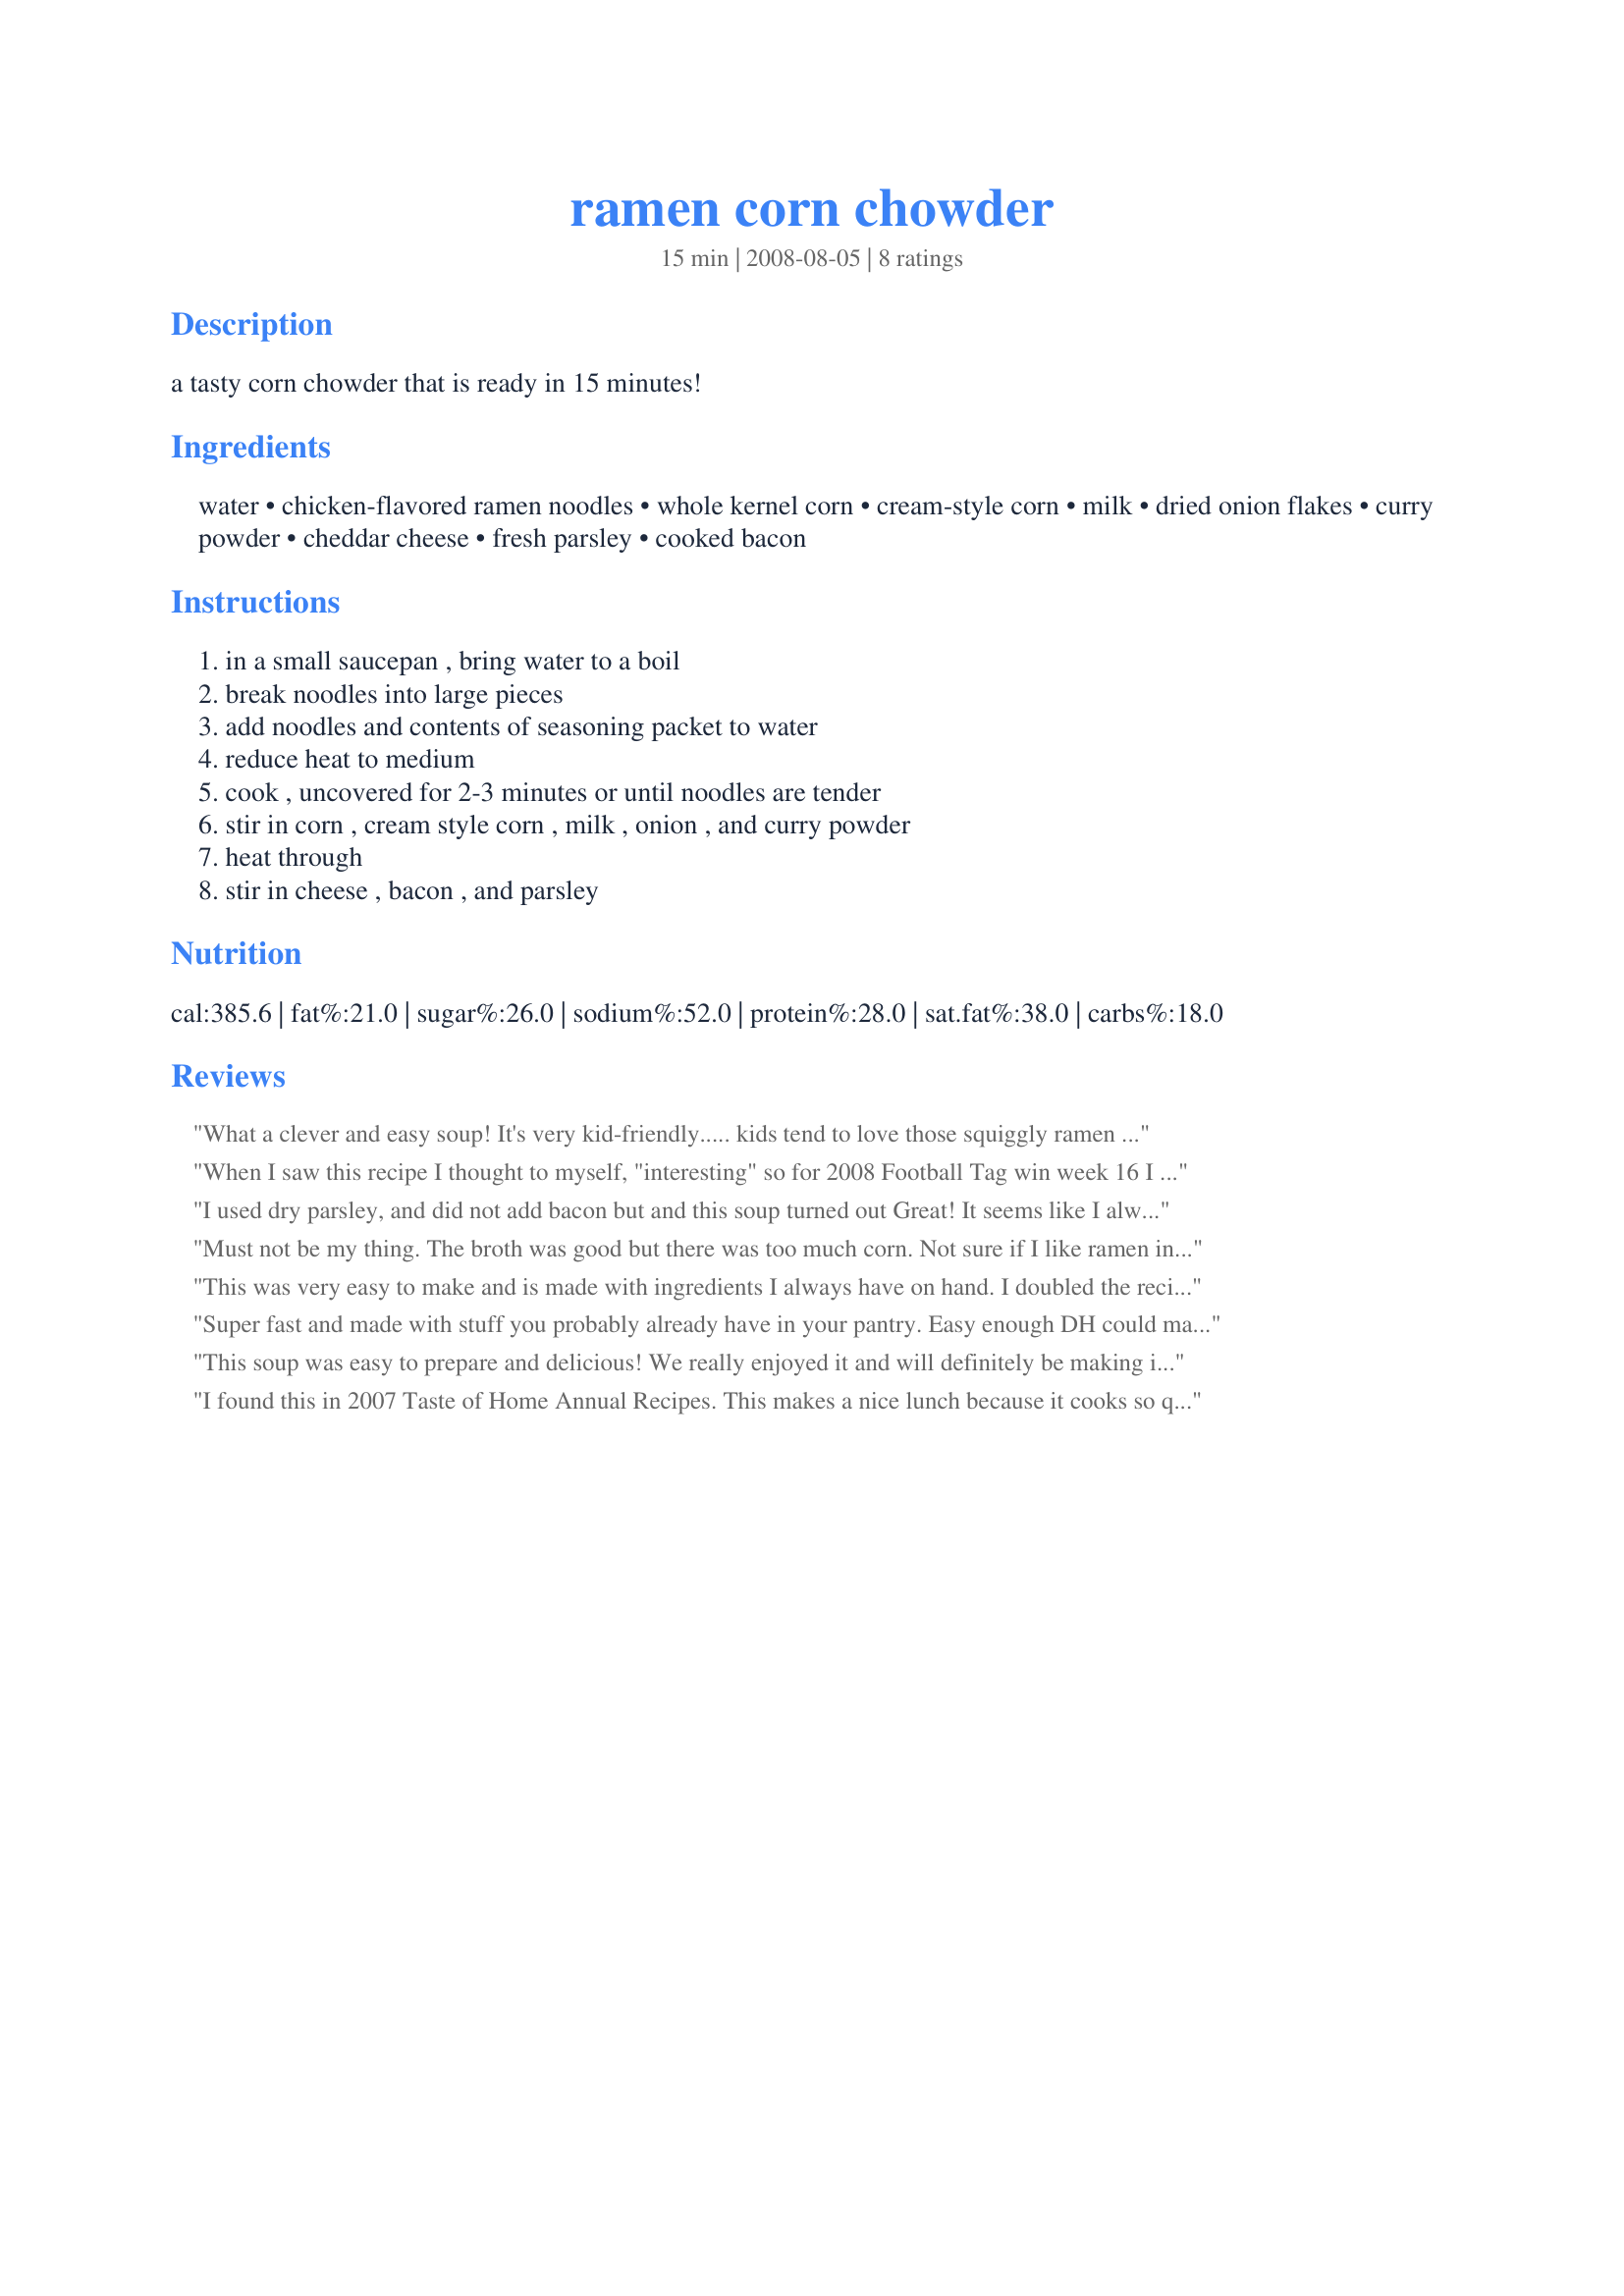
ramen corn chowder
Preparation time: 15 minutes

a tasty corn chowder that is ready in 15 minutes!

Ingredients:
water, chicken-flavored ramen noodles, whole kernel corn, cream-style corn, milk, dried onion flakes, curry powder, cheddar cheese, fresh parsley, cooked bacon

Steps:
in a small saucepan , bring water to a boil, break noodles into large pieces, add noodles and contents of seasoning packet to water, reduce heat to medium, cook , uncovered for 2-3 minutes or until noodles are tender, stir in corn , cream style corn , milk , onion , and curry powder, heat through, stir in cheese , bacon , and parsley

Reviews:
What a clever and easy soup! It's very kid-friendly..... kids tend to love those squiggly ramen noodles. I used skim milk to cut some fat. I used 2 tbsp fresh minced onion in place of dried, but otherwise stuck to the recipe. Thanx for posting. This will come in handy in winter for quick, hot lunches.
When I saw this recipe I thought to myself, "interesting" so for 2008 Football Tag win week 16 I knew it was something I wanted to try.
I loved the fact that it went together so quickly and easily and that it is something you can make from ingredients you usually have in your pantry.
Thanks Shelby Jo, I will be using this recipe again!
I used dry parsley, and did not add bacon but and this soup turned out Great! It seems like I always have Ramen in the house but I never buy it- and this was the perfect way to use it!
Must not be my thing. The broth was good but there was too much corn. Not sure if I like ramen in creamy broth. I couldn&#039;t finish it.
This was very easy to make and is made with ingredients I always have on hand. I doubled the recipe except only added 2 cans of cream corn and 1 can of regular corn as I thought that looked like enough of corn. I didn't add the parsley as I am not a fan. This was a quick, tasty soup. I love soup year round and this hit the spot this evening.
Super fast and made with stuff you probably already have in your pantry. Easy enough DH could make without much supervision. :) Next time I'd use a small can of corn plus a regular size can of creamed corn, the two regular size cans were a bit too much. DS loved it and eagerly went for seconds.
This soup was easy to prepare and delicious! We really enjoyed it and will definitely be making it again. I added a little garlic powder and following on from other reviews, doubled the creamed corn but kept the regular corn as is. Thanks for a keeper! Made for Please Review My Recipe tag game.
I found this in 2007 Taste of Home Annual Recipes. This makes a nice lunch because it cooks so quickly--one of those there's nothing in the kitchen kind of meals. The only thing I did differently is use a can of regular corn and a can of hominy because I didn't have any creamed corn. I also left out the bacon because I knew if I thawed it from the freezer it would be too easy to cook it and eat it all. The fresh parsley is a must. Thank you for posting this! YUM YUM!
